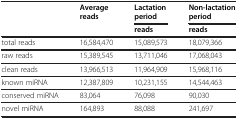
| <ROWSPAN=2>  | <ROWSPAN=2> Average reads | Lactation period | Non-lactation period |
 | reads | reads |
 | --- | --- | --- | --- |
 | total reads | 16,584,470 | 15,089,573 | 18,079,366 |
 | raw reads | 15,389,545 | 13,711,046 | 17,068,043 |
 | clean reads | 13,966,513 | 11,964,909 | 15,968,116 |
 | known miRNA | 12,387,809 | 10,231,155 | 14,544,463 |
 | conserved miRNA | 83,064 | 76,098 | 90,030 |
 | novel miRNA | 164,893 | 88,088 | 241,697 |